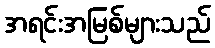
အရင်းအမြစ်များသည်